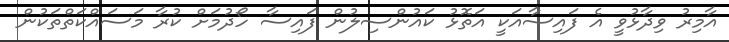
އާމިރު ވިދާޅުވީ އެ ފައިސާއަކީ އަތޮޅު ކައުންސިލުން ފައިސާ ހޯދުމަށް ކުރާ މަސައްކަތްތަކުން